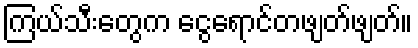
ကြယ်သီးတွေက ငွေရောင်တဖျတ်ဖျတ်။